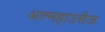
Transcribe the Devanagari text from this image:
अल्महाउसेज